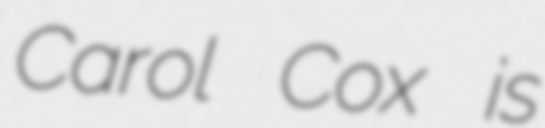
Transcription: Carol Cox is